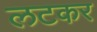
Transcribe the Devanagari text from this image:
लटकर